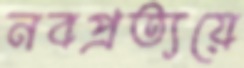
নবপ্রত্যয়ে